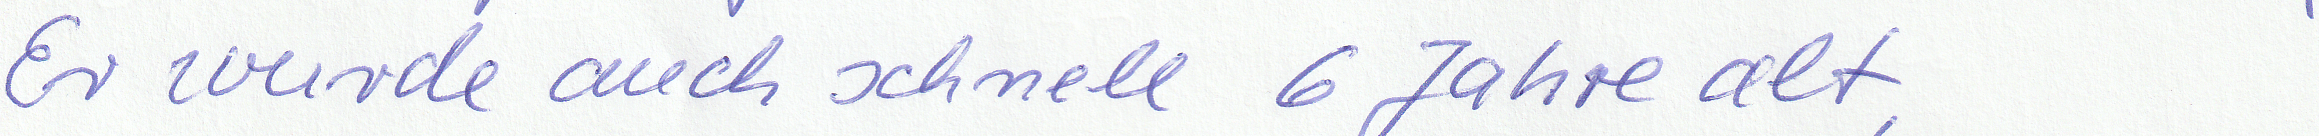
Er wurde auch schnell 6 Jahre alt